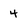
Character: 4